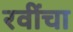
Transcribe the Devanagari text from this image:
रवींचा